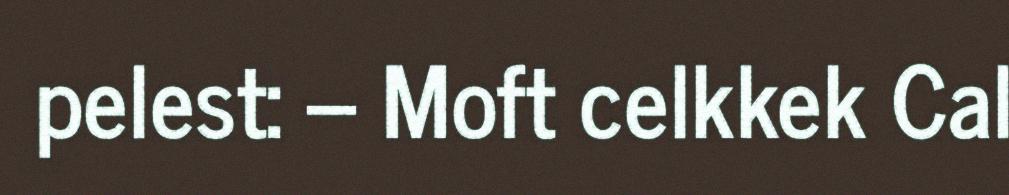
pelest: – Moft celkkek Cal